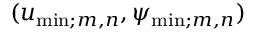
( u _ { \mathrm { m i n } ; m , n } , \psi _ { \mathrm { m i n } ; m , n } )